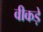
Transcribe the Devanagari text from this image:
वीकड़े